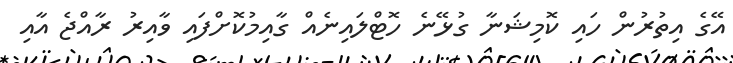
އޭގެ އިތުރުން ހައި ކޮމިޝަނާ ގުޅޭނެ ހޮޓްލައިނެއް ގާއިމުކޮށްފައި ވާއިރު ރާއްޖެ އާއި